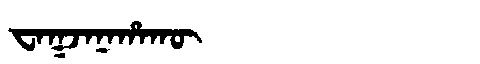
Manchu: ᠸᠠᡴᠵᠠᠨᠠᡥᠠᡴᡡ
Romanization: WAKJANAHAKŪ